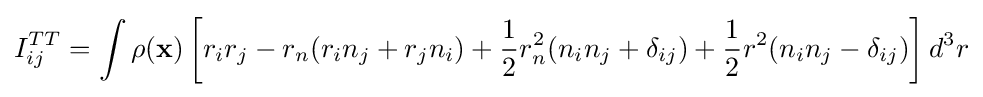
{I}_{ij}^{TT}=\int \rho (\mathbf {x} )\left[r_{i}r_{j}-r_{n}(r_{i}n_{j}+r_{j}n_{i})+{\frac {1}{2}}r_{n}^{2}(n_{i}n_{j}+\delta _{ij})+{\frac {1}{2}}r^{2}(n_{i}n_{j}-\delta _{ij})\right]d^{3}r